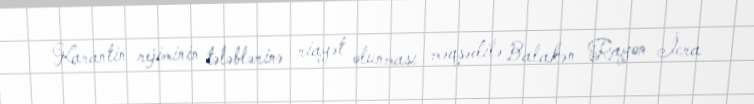
Karantin rejiminin tələblərinə riayət olunması məqsədilə Balakən Rayon İcra